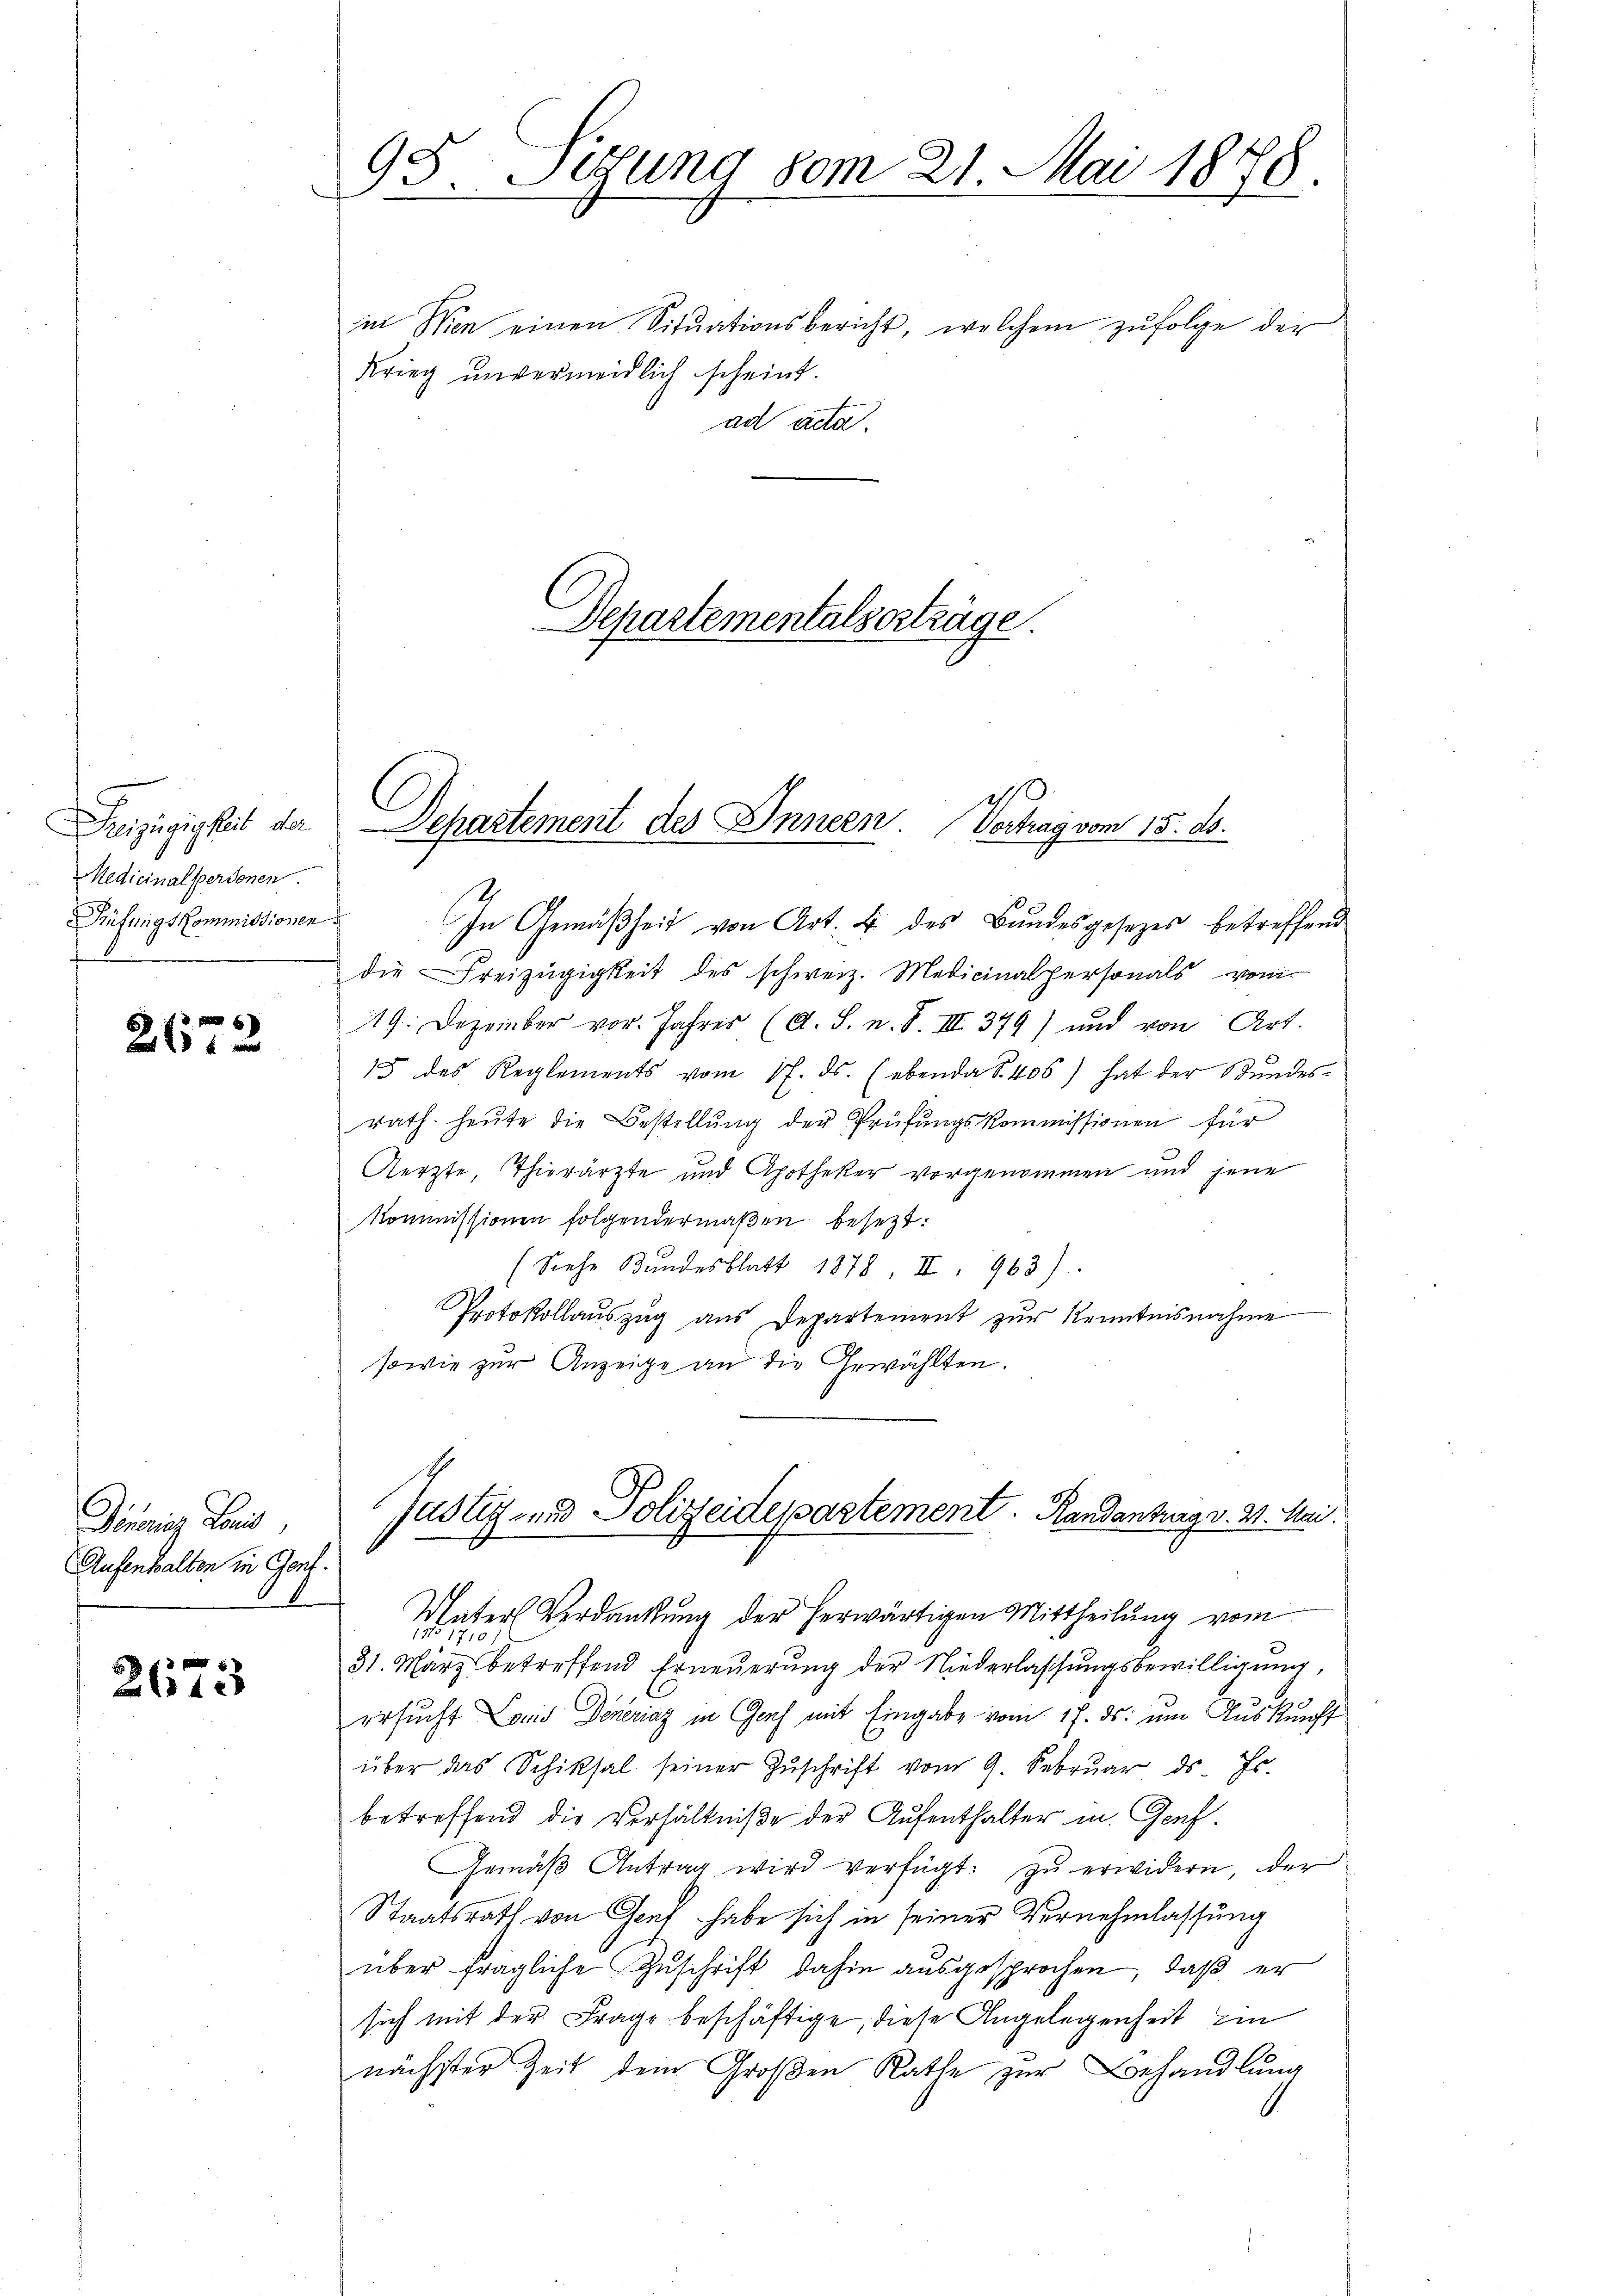
reizügigkeit der
Medicinalpersonen.
Prüfung Kommissionen

2672

Denois Land
Aufenhalten in Gent

2673

95. Sigung 80m 21. Mai 1878.

in Wen einen Situationsbericht, welchem zufolge der
Krieg unvermeidlich scheint.
ad acta

Departementalserträge.

Separtement des Innern. Vortrag vom 15. ds.

In Gemäßheit von Art. 4 des Bundesgesezes betreffend
die Freizügigkeit des schweiz. Medicinalpersonals von
19. Dezember vor. Jahres (A. S. n. F. III 379) und von Art.
15 des Reglements vom 17. ds. (ebenda S. 406) hat der Stŭndes-
rath. Heute die Bestellŭng der Prüfungskommissionen für
Aerzte, Thierärzte und Apotheker vorgenommen und jene
Kommissionen folgendermaßen besezt:
(Siehe Bundesblatt 1878, II. 963)
Protokollauszug aus Departement zur Kenntnisnahme
sowie zur Anzeige an die Gewählten.
Justiz- und Polizeidespastement. Randenburg v. 3. Meie
2
Mater Verdankung der herwärtigen Mittheilung vom
17.
1710
31. März betreffend Erneŭerŭng der Niederlassŭngsbewilligung,
ersucht Land Deneriaz in Genf mit Eingabe vom 17. ds. um Auskunft
über das Schicksal seiner Zŭschrift vom 9. Febrŭar ds. Js.
betreffend die Verhältniße der Aufenthalter in Genf.
Gemäβ Antrag wird verfügt: zŭ erwidern, der
Staatsrath von Genf habe sich in seiner Vernehmlassung
über fragliche Zuschrift dahin ausgesprochen, daß er
sich mit der Frage beschäftige, diese Angelegenheit ei
nächster Zeit dem Großen Rathe zur Behandlung